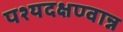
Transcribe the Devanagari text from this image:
पश्यदक्षण्वान्न